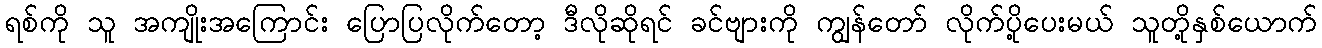
ရစ်ကို သူ အကျိုးအကြောင်း ပြောပြလိုက်တော့ ဒီလိုဆိုရင် ခင်ဗျားကို ကျွန်တော် လိုက်ပို့ပေးမယ် သူတို့နှစ်ယောက်